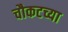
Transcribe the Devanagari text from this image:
चौकटच्या